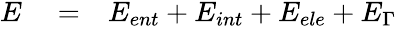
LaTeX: \begin{array}{rlr}{E}&{{}=}&{E_{ent}+E_{int}+E_{ele}+E_{\Gamma}}\end{array}